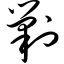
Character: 剿